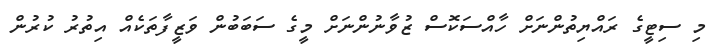
މި ސިޓީގެ ރައްޔިތުންނަށް ހާއްސަކޮސް ޒުވާނުންނަށް މީގެ ސަބަބުން ވަޒީފާތަކެއް އިތުރު ކުރުން